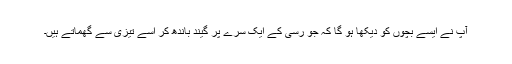
آپ نے ایسے بچوں کو دیکھا ہو گا کہ جو رسی کے ایک سرے پر گیند باندھ کر اسے تیزی سے گھماتے ہیں۔